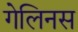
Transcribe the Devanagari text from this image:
गेलिनस